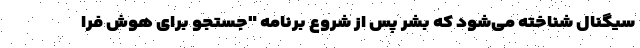
سیگنال شناخته می‌شود که بشر پس از شروع برنامه "جستجو برای هوش فرا